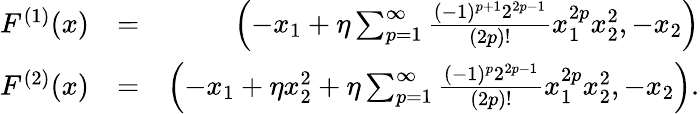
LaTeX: \begin{array}{rlr}{F^{(1)}(x)}&{=}&{\left(-x_{1}+\eta\sum_{p=1}^{\infty}\frac{(-1)^{p+1}2^{2p-1}}{(2p)!}x_{1}^{2p}x_{2}^{2},-x_{2}\right)}\\ {F^{(2)}(x)}&{=}&{\left(-x_{1}+\eta x_{2}^{2}+\eta\sum_{p=1}^{\infty}\frac{(-1)^{p}2^{2p-1}}{(2p)!}x_{1}^{2p}x_{2}^{2},-x_{2}\right).}\end{array}